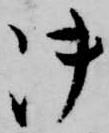
御